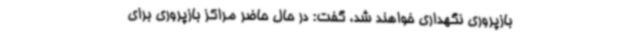
بازپروری نگهداری خواهند شد، گفت: در حال حاضر مراکز بازپروری برای